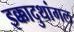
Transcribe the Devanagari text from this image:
इक्कादुथांगल